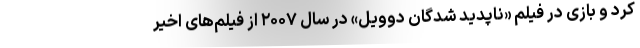
کرد و بازی در فیلم «ناپدید شدگان دوویل» در سال ۲۰۰۷ از فیلم‌های اخیر